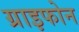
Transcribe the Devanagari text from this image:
ग्राइफोन